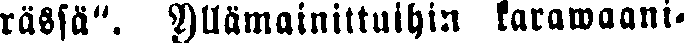
rässä", yllämainittuihin karawaani-